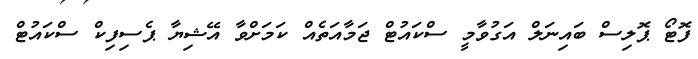
ފޮޓޯ ޕޮލިސް ބައިނަލް އަގުވާމީ ސްކައުޓް ޖަމާއަތެއް ކަމަށްވާ އޭޝިޔާ ޕެސިފިކް ސްކައުޓް